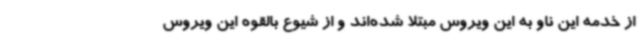
از خدمه این ناو به این ویروس مبتلا شده‌اند و از شیوع بالقوه این ویروس